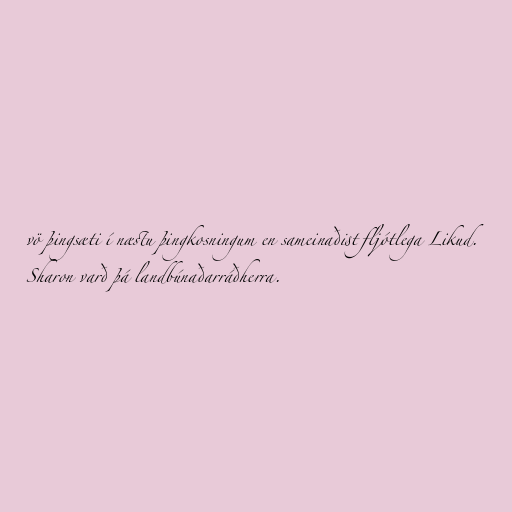
vö þingsæti í næstu þingkosningum en sameinaðist fljótlega Likud.
Sharon varð þá landbúnaðarráðherra.